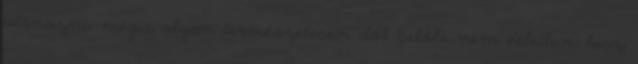
utánozni, mégis olyan természetesen dől belőle nem véletlen, hisz